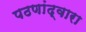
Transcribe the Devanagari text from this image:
पठणांद्वारा